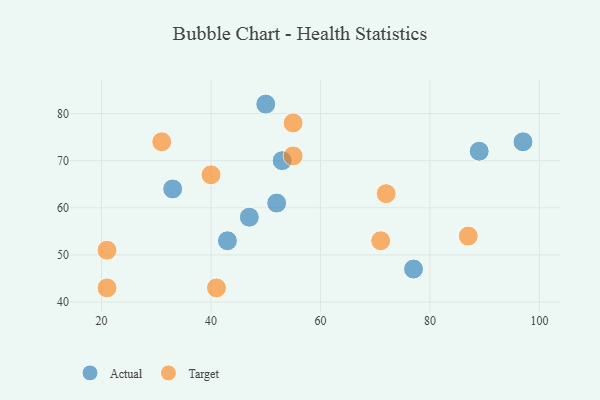
{"axis": {"x": "GDP", "y": "Life Expectancy"}, "legend": ["Actual", "Target"], "data": [{"x": "53", "y": 70, "type": "Actual"}, {"x": "77", "y": 47, "type": "Actual"}, {"x": "52", "y": 61, "type": "Actual"}, {"x": "33", "y": 64, "type": "Actual"}, {"x": "47", "y": 58, "type": "Actual"}, {"x": "43", "y": 53, "type": "Actual"}, {"x": "97", "y": 74, "type": "Actual"}, {"x": "89", "y": 72, "type": "Actual"}, {"x": "50", "y": 82, "type": "Actual"}, {"x": "31", "y": 74, "type": "Target"}, {"x": "41", "y": 43, "type": "Target"}, {"x": "71", "y": 53, "type": "Target"}, {"x": "55", "y": 71, "type": "Target"}, {"x": "40", "y": 67, "type": "Target"}, {"x": "21", "y": 43, "type": "Target"}, {"x": "21", "y": 51, "type": "Target"}, {"x": "87", "y": 54, "type": "Target"}, {"x": "55", "y": 78, "type": "Target"}, {"x": "72", "y": 63, "type": "Target"}]}